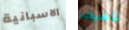
الاسبانية ناهيك